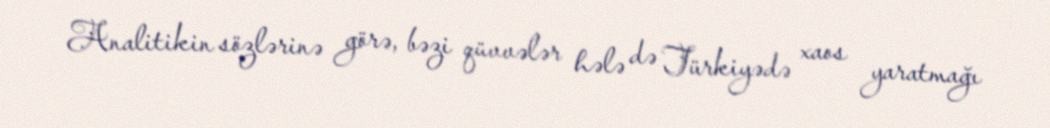
Analitikin sözlərinə görə, bəzi qüvvələr hələ də Türkiyədə xaos yaratmağı